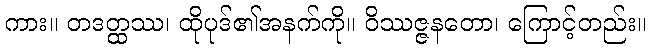
ကား။ တဒတ္ထဿ၊ ထိုပုဒ်၏အနက်ကို။ ဝိဿဇ္ဇနတော၊ ကြောင့်တည်း။